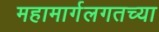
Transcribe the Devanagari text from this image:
महामार्गलगतच्या